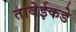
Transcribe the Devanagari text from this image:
ताबेईकडे